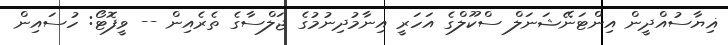
ޣިޔާސުއްދީން އިންޓަނޭޝަނަލް ސްކޫލްގެ އަހަރީ އިނާމުދިނުމުގެ ޖަލްސާގެ ތެރެއިން -- ވީފޮޓޯ: ހުސައިން